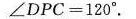
$$∠ D P C = 1 2 0 °$$.